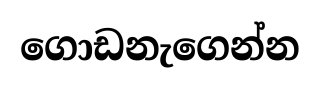
ගොඩනැගෙන්න